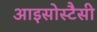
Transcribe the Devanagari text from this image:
आइसोस्टैसी